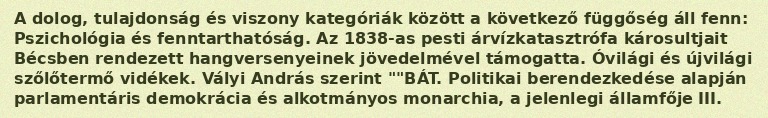
A dolog, tulajdonság és viszony kategóriák között a következő függőség áll fenn: Pszichológia és fenntarthatóság. Az 1838-as pesti árvízkatasztrófa károsultjait Bécsben rendezett hangversenyeinek jövedelmével támogatta. Óvilági és újvilági szőlőtermő vidékek. Vályi András szerint ""BÁT. Politikai berendezkedése alapján parlamentáris demokrácia és alkotmányos monarchia, a jelenlegi államfője III.